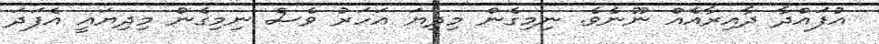
އުފައްދާ ދާއިރާއެއް ނޫނެވެ. ނިމިގެން މިދިޔަ އަހަރު ވެސް ނިމިގެން މިދިޔައީ އެފަދަ